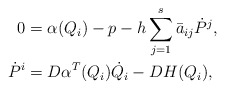
\begin{align*}0 &= \alpha(Q_i) - p - h \sum_{j=1}^s \bar a_{ij} \dot P^j, \\\dot P^i &= D\alpha^T(Q_i) \dot Q_i - DH(Q_i),\end{align*}